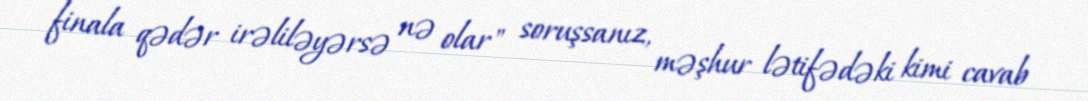
finala qədər irəliləyərsə nə olar" soruşsanız, məşhur lətifədəki kimi cavab